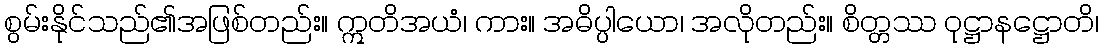
စွမ်းနိုင်သည်၏အဖြစ်တည်း။ ဣတိအယံ၊ ကား။ အဓိပ္ပါယော၊ အလိုတည်း။ စိတ္တဿ ဝုဋ္ဌာနဋ္ဌောတိ၊